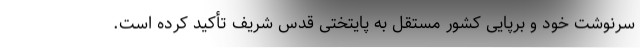
سرنوشت خود و برپایی کشور مستقل به پایتختی قدس شریف تأکید کرده است.